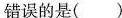
错误的是()